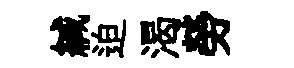
緘迫渴勞